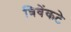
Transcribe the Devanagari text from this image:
त्रिवेंकटे